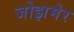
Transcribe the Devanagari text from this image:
जोझमेर